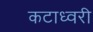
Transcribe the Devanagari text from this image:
कटाध्वरी